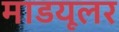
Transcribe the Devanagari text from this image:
माडयूलर